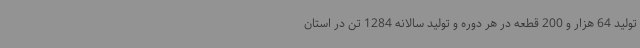
تولید 64 هزار و 200 قطعه در هر دوره و تولید سالانه 1284 تن در استان